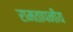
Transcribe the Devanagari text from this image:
रामतापनीय